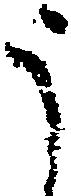
う